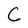
Character: C